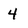
Character: 4